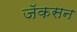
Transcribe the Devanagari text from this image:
जॅकसन